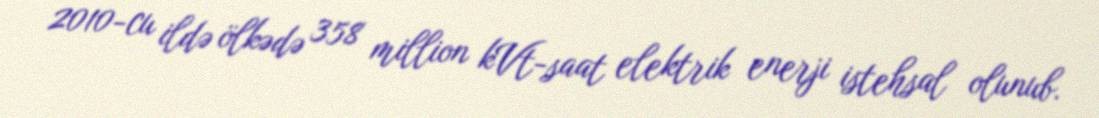
2010-cu ildə ölkədə 358 million kVt-saat elektrik enerji istehsal olunub.